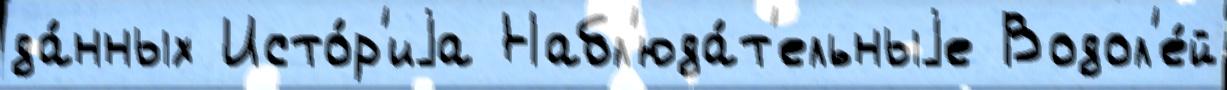
да́нных Исто́р'иjа Набл'юда́т'ельныjе Водол'е́й